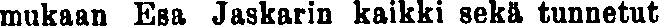
mukaan Esa Jaskarin kaikki sekä tunnetut